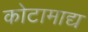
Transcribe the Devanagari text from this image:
कोटामाद्य